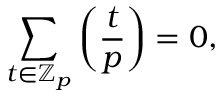
\sum _ { t \in \mathbb { Z } _ { p } } \left( { \frac { t } { p } } \right) = 0 ,